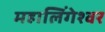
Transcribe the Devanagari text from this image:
महालिंगेश्वर